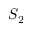
S _ { 2 }